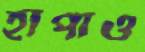
হাঁপাও